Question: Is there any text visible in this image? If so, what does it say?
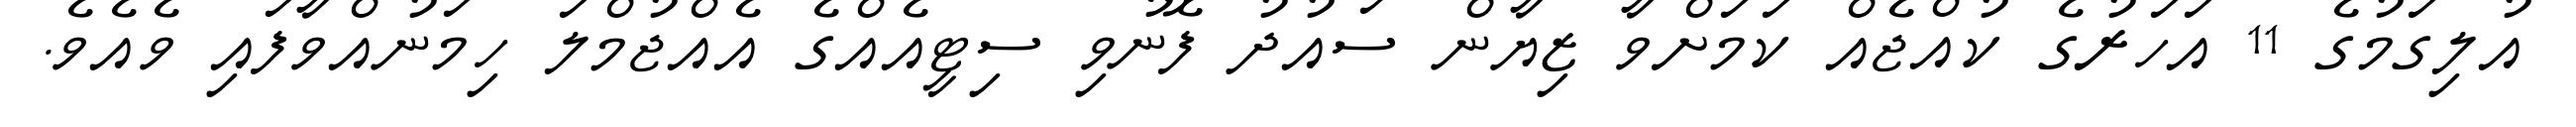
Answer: އުލިގަމުގެ 11 އަހަރުގެ ކުއްޖެއް ކަމަށްވާ ޒިޔާން ސައުދު ފޮނުވި ސިޓީއެއްގެ އެއްޖުމްލަ ހިމަނުއްވާފައި ވެއެވެ.